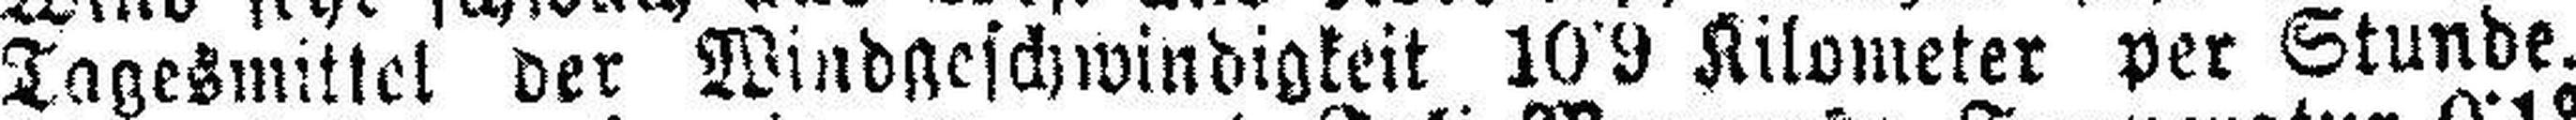
Tagesmittel der Windgeschwindigkeit 10•9 Kilometer per Stunde.